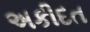
અકીદત